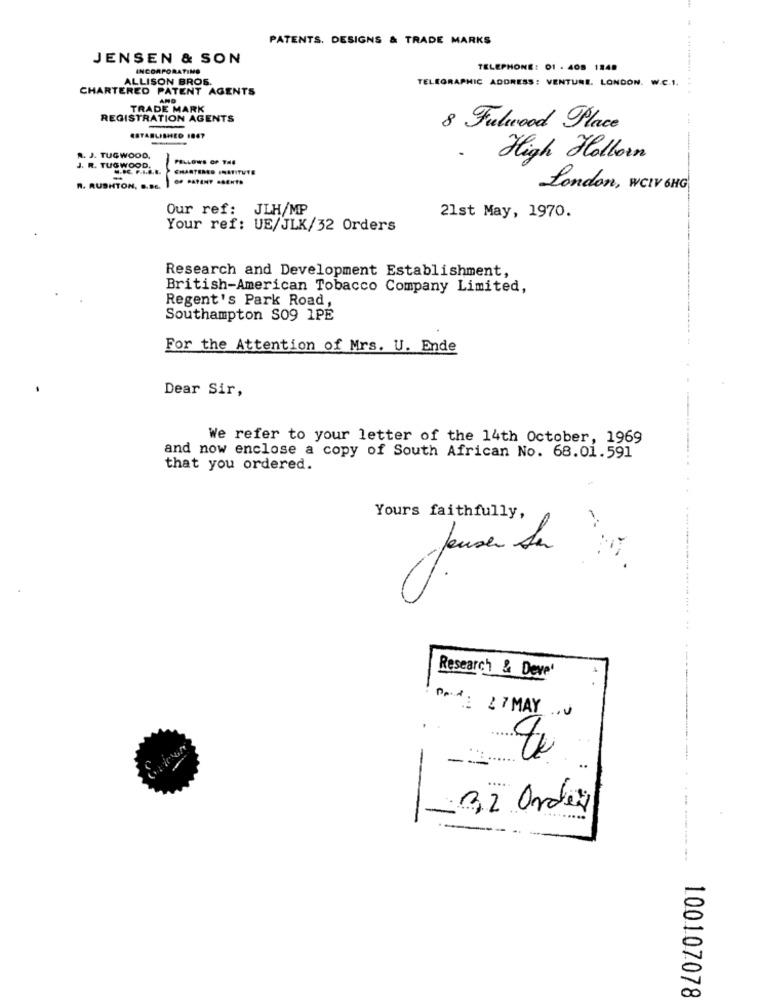
PATENTS. DESIGNS & TRADE MARKS
JENSEN & SON
INCORPORATING
TELEPHONE: 01 . 408 1848
ALLISON BROS.
TELEGRAPHIC ADDRESS: VENTURE. LONDON. W.C.1.
CHARTERED PATENT AGENTS
AND
TRADE MARK
REGISTRATION AGENTS
8 Fulwood Place
ESTABLISHED 1867
R. J. TUG WOOD.
PILLOWS OF THE
High Holborn
J. R. TUGWOOD,
CHARTERED INSTITUTE
R. RUSHTON, B. DE.
London, WCIV 6HG
Our ref: JLH/MP
21st May, 1970.
Your ref: UE/JLK/32 Orders
Research and Development Establishment,
British-American Tobacco Company Limited,
Regent's Park Road,
Southampton S09 1PE
For the Attention of Mrs. U. Ende
Dear Sir,
We refer to your letter of the 14th October, 1969
and now enclose a copy of South African No. 68.01.591
that you ordered.
Yours faithfully,
Research & Deve'
DA --: 27MAY
.
-
- 32 Orders
100107078